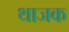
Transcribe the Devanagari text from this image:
थाजक